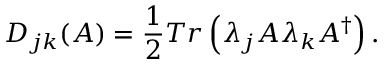
D _ { j k } ( A ) = \frac { 1 } { 2 } T r \left( \lambda _ { j } A \lambda _ { k } A ^ { \dagger } \right) .